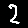
Digit: 2